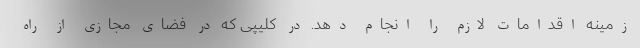
زمینه اقدامات لازم را انجام دهد. در کلیپی که در فضای مجازی از راه